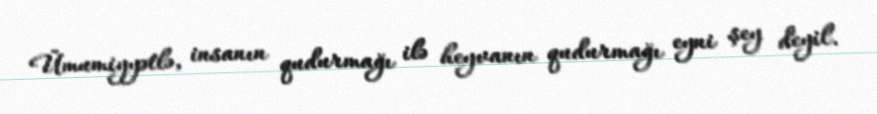
Ümumiyyətlə, insanın qudurmağı ilə heyvanın qudurmağı eyni şey deyil.